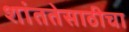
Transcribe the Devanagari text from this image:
शांततेसाठीचा